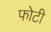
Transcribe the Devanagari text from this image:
फोटी